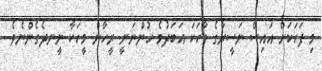
މި ފަހަކަށް އައިސް ނަސީރާގެ ވާހަކަ އަބަދުމެ ހުންނަނީ ރީހާން މީހަކާ ނީނދެގެންނެވެ.